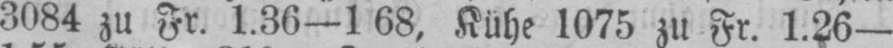
3084 zu Fr. 1.36-168, Kühe 1075 zu Fr. 1.26-